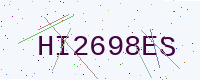
Text: HI2698ES